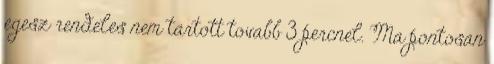
egesz rendeles nem tartott tovabb 3 percnel. Ma pontosan